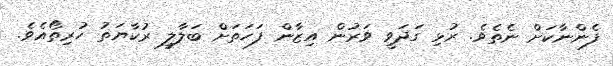
ފެންނާކަށް ނެތެވެ. ރުޅި ގަދަވީ ވަރުން އިޒާން ފަހަތަށް ބަލާލީ ރުކާޔަތު ހުރިތޯއެވެ.